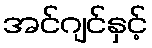
အင်ဂျင်နှင့်